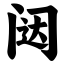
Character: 闼